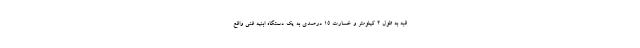
قبه به طول ۲ کیلومتر و خسارت ۱۵ درصدی به یک دستگاه ابنیه فنی واقع